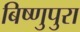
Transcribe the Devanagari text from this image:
बिष्णुपुरा